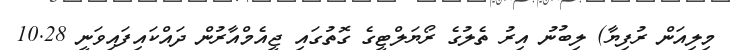
މިލިއަން ރުފިޔާ) ލިބުނު އިރު ތެލުގެ ރޯޔަލްޓީގެ ގޮތުގައި ޖީއެމްއާރުން ދައްކައިފައިވަނީ 10.28